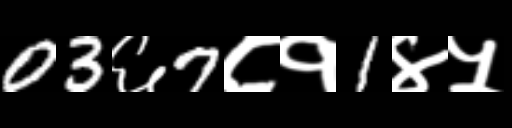
Text: 03६7८१1४५